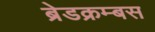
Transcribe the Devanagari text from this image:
ब्रेडक्रम्बस